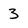
Character: 3